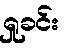
ရှုခင်း